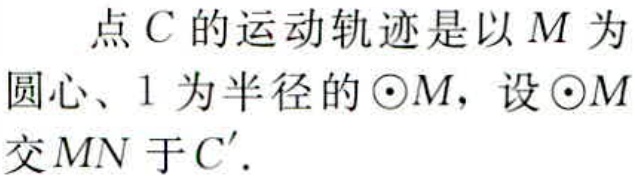
点\(C\)的运动轨迹是以\(M\)为圆心、\(1\)为半径的\(\odot M\)，设\(\odot M\)交\(MN\)于\(C'\)。